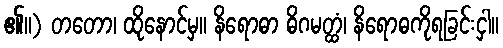
၏။) တတော၊ ထိုနောင်မှ။ နိရောဓာ ဓိဂမတ္ထံ၊ နိရောဓကိုရခြင်းငှါ။